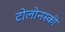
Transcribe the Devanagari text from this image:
टोलोनस्की